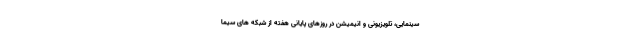
سینمایی، تلویزیونی و انیمیشن در روزهای پایانی هفته از شبکه های سیما